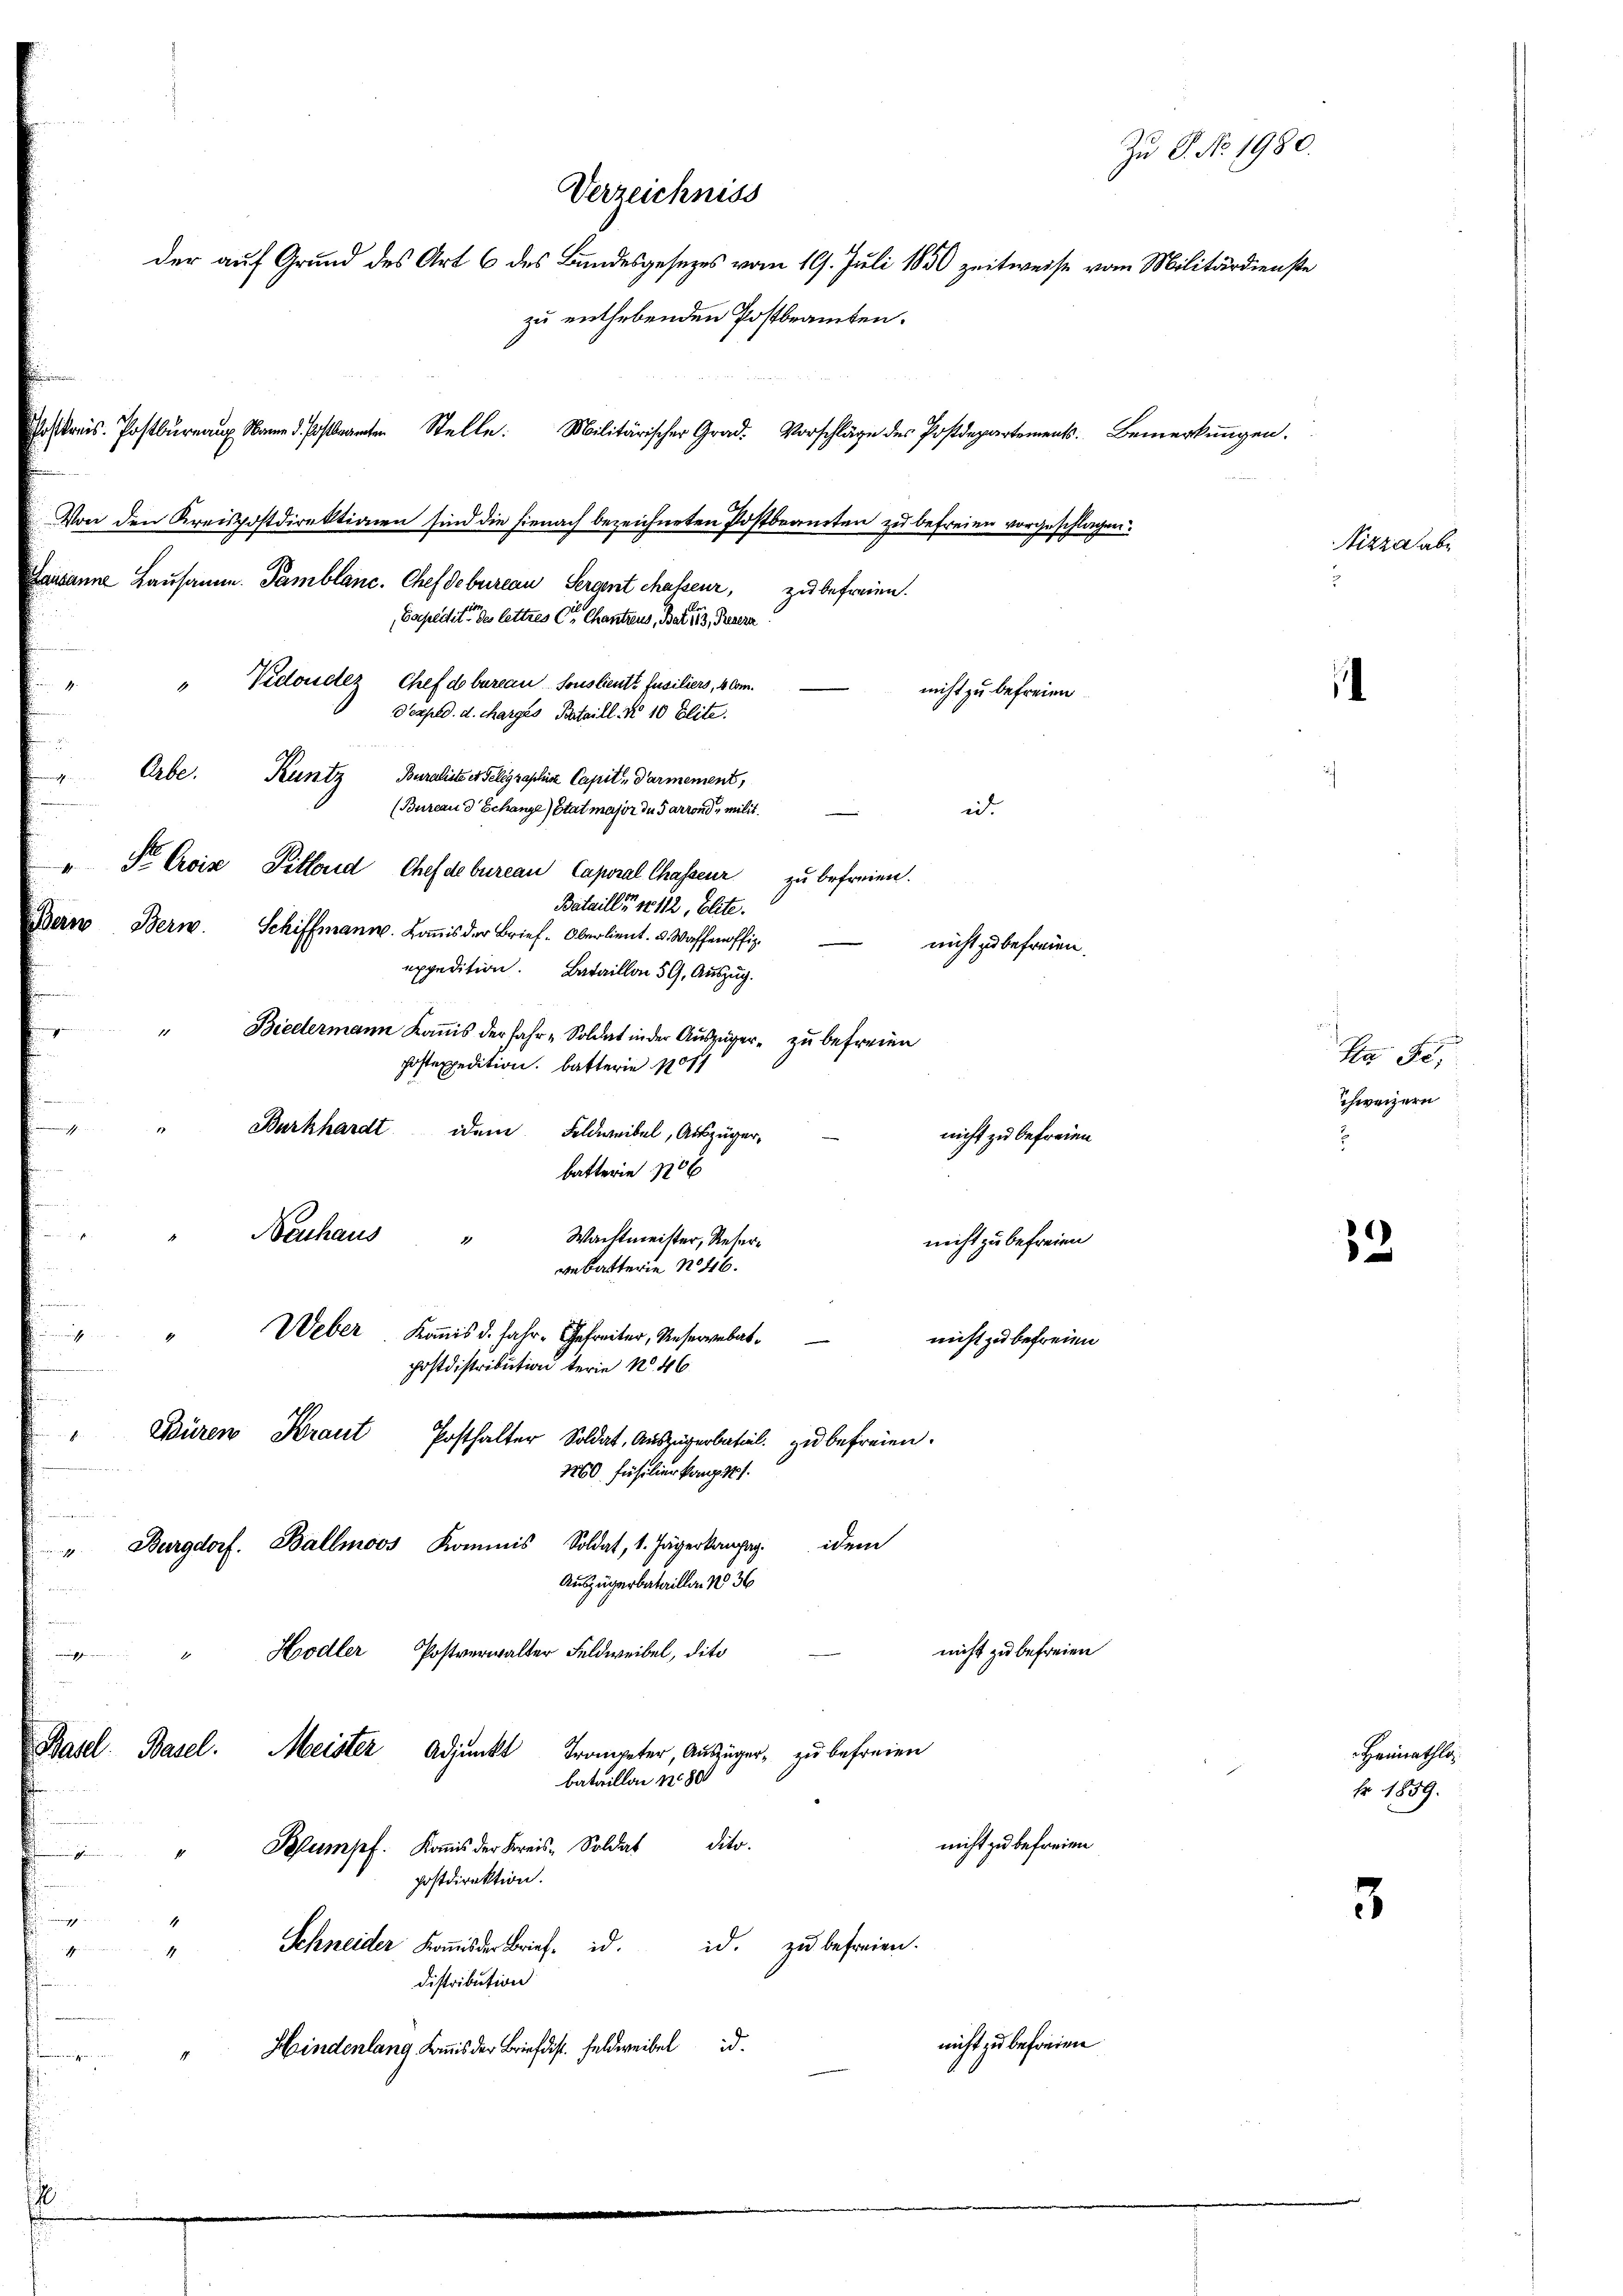
oskreis. Postbureaux anstanten Stelle. Militärischer Grad. Vorschläge des Postdepartements. Bemerkŭngen.
Von den Kreispostdirektionen sind die hienach bezeichneten Postbeamten zu befreien vorgeschlagen.
Lausanne Lausamen. Tamblane. Chef debureau Sergent chasseur, zu befreien.
Sacpedite des lettres C. Chantzens, Barte er, Treuern
" Vidoudez Chef d bureau sous lieute Jusiliers, 4 Com¬
1
nicht zu befreien.
Dexped. d. charges Bataill. N 10 Elite.
u
Orbe. Kuntz
eeres
Buraliste es Telegraphis Capit Parmement,
(Bureau d Echanze Etat major des arrond, milit
ii.
" Dr. Crois Pillond, Chef debureau Caporal Chasseur zu befreien.
Bataille No 112, Elite.
Bern Bern. Schiffmann. Komis der Brief-Oberlieut. v. Waffenoffiz
nicht zu befreien.
expedition. Bataillon 59. Auszug.
" Biedermann Kommis der Jahr-Soldat in der Auszüger zu befreien
postexpedition. Batterie 1011

" Burkhardt idem Feldweibel, Auszüger-
nicht zu befreien
batterie 110 x
Neuhaus
Wachtmeister, Reter¬
1
nicht zu befreien
vebatterie No 46.
Weber. Kommis d. Jahr- Gefreiter, Reservebat
s
nicht zu befreien.
postdistribution terie No. 46
u
Büren Kraut Posthalter Soldat, Aŭszŭgerbatial zŭ befreien.
1260 führlier kamp. 11.
n
" Burgdorf. Ballmoos Kommis, Soldat, 1. Jägerkompag. dem
Auszügerbatailla, No 36
nicht zu befreien
Hodler Postverwalter Feldweibel, dito
Basel. Basel. Meister Adjunkt Trompter, Aŭszüger zŭ befreien
bataillon 15800
nicht zu befreien
" Plumpf. Koṁis der Kreis-Soldat dito.
a
postdirektion.
insich die
Schneider Koṁis der Brief d. d. zu befreien.
ichen um in
x
Distribution
nicht zu befreien
Hindenlang Kommis der Briefdist. Feldweibel d
t

Zu P. No. 1980.
Verzeichniss
der auf Grund des Art 6 des Bundesgesezes vom 10. Juli 1850 zeitweise vom Militärdienste
zu enthebenden Postbeamten.

i

¬

33

3

Nizza abe

Ha Se
chweizern

Heimathlor 1859.